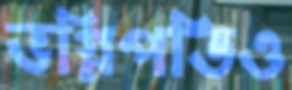
ভগ্নিপতিও